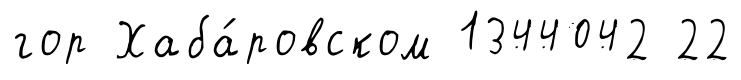
гор Хаба́ровском 1344042 22